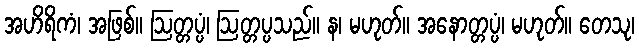
အဟိရိကံ၊ အဖြစ်။ ဩတ္တပ္ပံ၊ ဩတ္တပ္ပသည်။ န၊ မဟုတ်။ အနောတ္တပ္ပံ၊ မဟုတ်။ တေသု၊